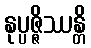
နုပ္ပဇ္ဇိဿန္တိ